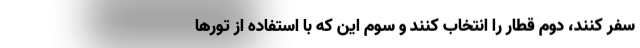
سفر کنند، دوم قطار را انتخاب کنند و سوم این که با استفاده از تورها